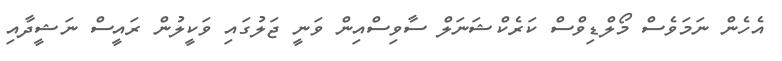
އެހެން ނަމަވެސް މޯލްޑިވްސް ކަރެކްޝަނަލް ސާވިސްއިން ވަނީ ޖަލުގައި ވަކީލުން ރައީސް ނަޝީދާއި